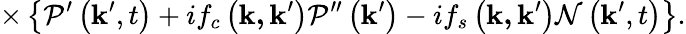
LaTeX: \times\left\{ \mathcal{P}^{\prime}\left(\mathbf{k}^{\prime},t\right)+if_{c}\left(\mathbf{k,k}^{\prime}\right)\mathcal{P}^{\prime\prime}\left(\mathbf{k}^{\prime}\right)-if_{s}\left(\mathbf{k,k}^{\prime}\right)\mathcal{N}\left(\mathbf{k}^{\prime},t\right)\right\} .